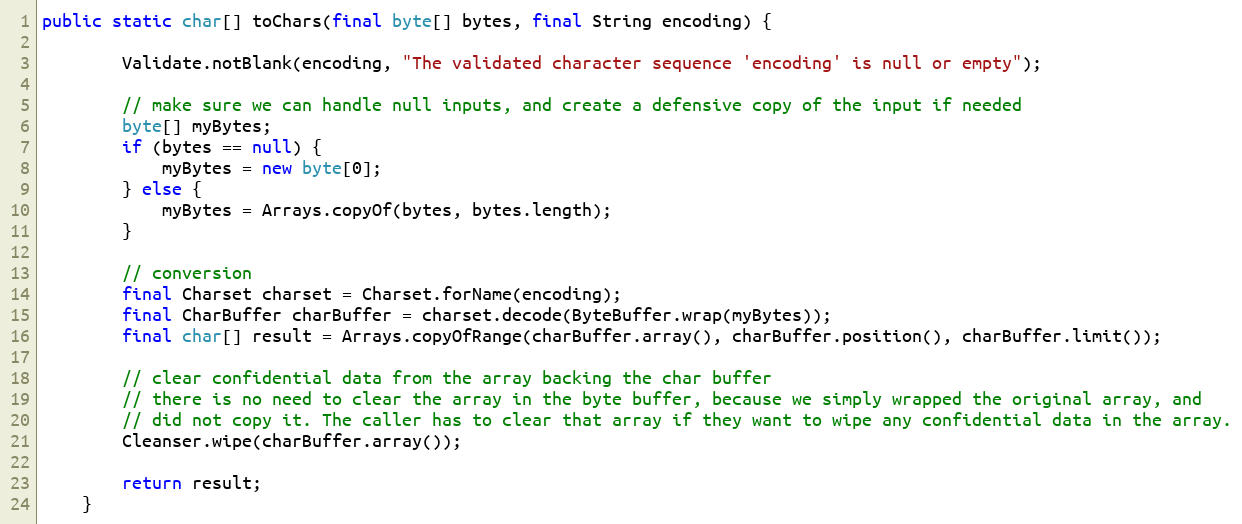
Language: Java
public static char[] toChars(final byte[] bytes, final String encoding) {

        Validate.notBlank(encoding, "The validated character sequence 'encoding' is null or empty");

        // make sure we can handle null inputs, and create a defensive copy of the input if needed
        byte[] myBytes;
        if (bytes == null) {
            myBytes = new byte[0];
        } else {
            myBytes = Arrays.copyOf(bytes, bytes.length);
        }

        // conversion
        final Charset charset = Charset.forName(encoding);
        final CharBuffer charBuffer = charset.decode(ByteBuffer.wrap(myBytes));
        final char[] result = Arrays.copyOfRange(charBuffer.array(), charBuffer.position(), charBuffer.limit());

        // clear confidential data from the array backing the char buffer
        // there is no need to clear the array in the byte buffer, because we simply wrapped the original array, and
        // did not copy it. The caller has to clear that array if they want to wipe any confidential data in the array.
        Cleanser.wipe(charBuffer.array());

        return result;
    }